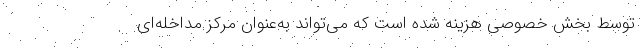
توسط بخش خصوصی هزینه شده است که می‌تواند به‌عنوان مرکز مداخله‌ای